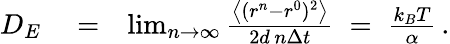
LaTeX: \begin{array}{rlr}{D_{E}}&{{}=}&{\operatorname*{lim}_{n\rightarrow\infty}\frac{\left\langle(r^{n}-r^{0})^{2}\right\rangle}{2d\, n\Delta{t}}\; =\; \frac{k_{B}T}{\alpha}\, .}\end{array}